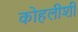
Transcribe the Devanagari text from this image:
कोहलीशी